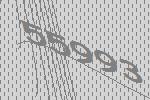
55993